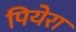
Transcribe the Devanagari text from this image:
पियेरा